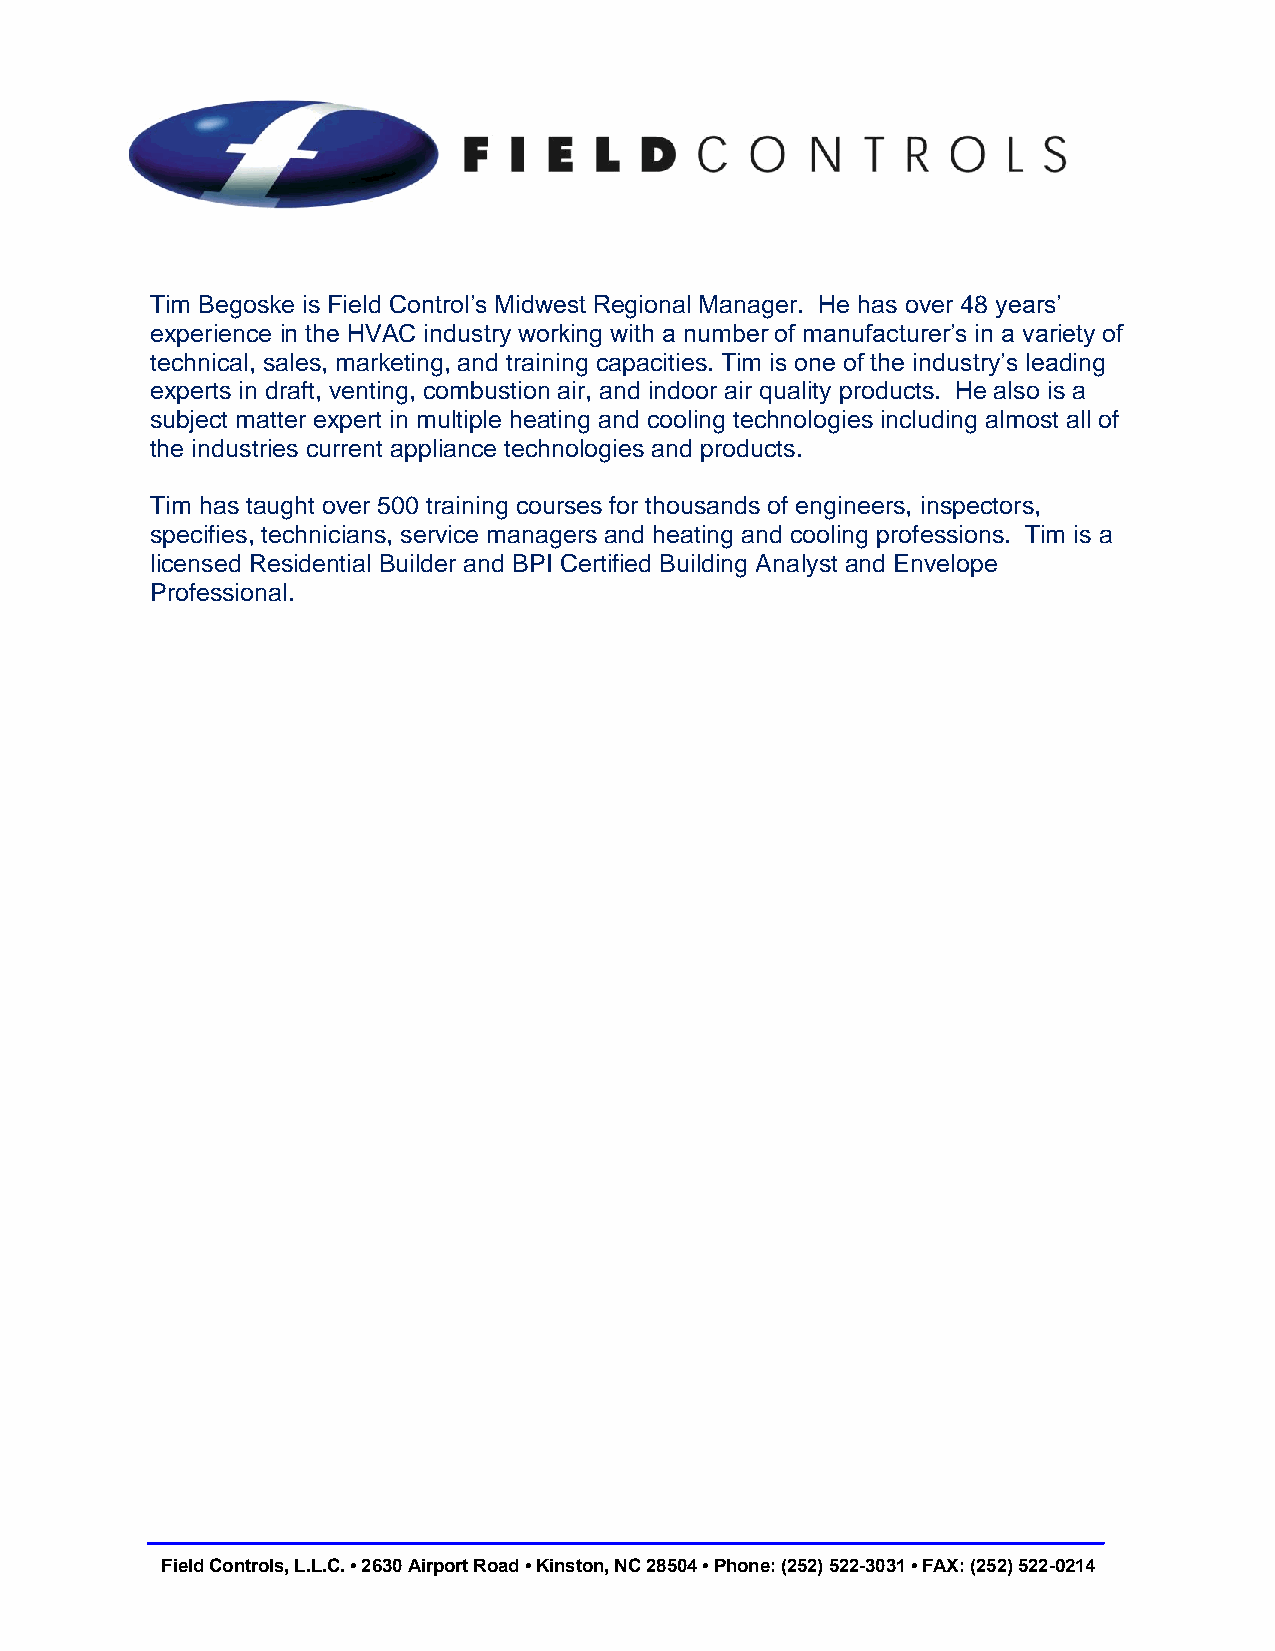
Tim Begoske is Field Control’s Midwest Regional Manager. He has over 48 years’
 experience in the HVAC industry working with a number of manufacturer’s in a variety of
 technical, sales, marketing, and training capacities. Tim is one of the industry’s leading
 experts in draft, venting, combustion air, and indoor air quality products. He also is a
 subject matter expert in multiple heating and cooling technologies including almost all of
 the industries current appliance technologies and products.
 Tim has taught over 500 training courses for thousands of engineers, inspectors,
 specifies, technicians, service managers and heating and cooling professions. Tim is a
 licensed Residential Builder and BPI Certified Building Analyst and Envelope
 Professional.
 Field Controls, L.L.C. • 2630 Airport Road • Kinston, NC 28504 • Phone: (252) 522-3031 • FAX: (252) 522-0214